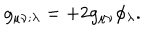
g _ { \mu \nu ; \lambda } = + 2 g _ { \mu \nu } \phi _ { \lambda } .